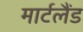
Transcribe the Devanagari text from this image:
मार्टलैंड